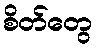
စိတ်တွေ